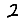
Digit: 2